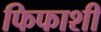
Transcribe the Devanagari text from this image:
फिफाशी